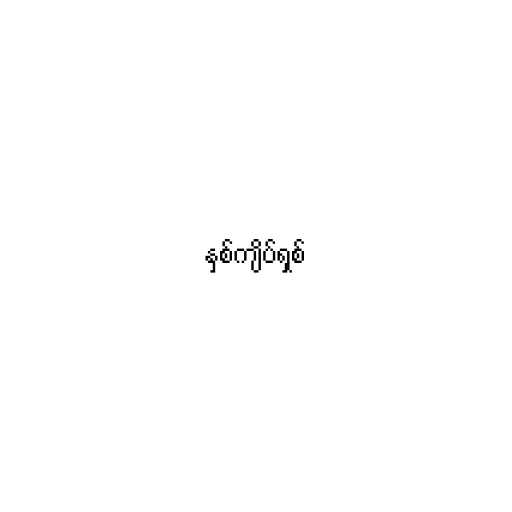
နှစ်ကျိပ်ရှစ်